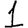
Digit: 1